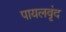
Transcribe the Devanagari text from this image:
पायलवृंद